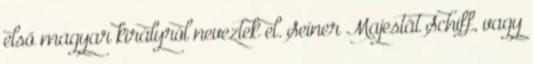
első magyar királyról neveztek el. Seiner Majestät Schiff, vagy